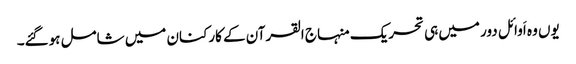
یوں وہ اَوائل دور میں ہی تحریک منہاج القرآن کے کارکنان میں شامل ہوگئے۔